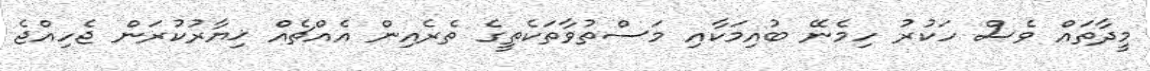
މީދާތައް ވެސް ހަކުރު ހިމެނޭ ބުއިމަކާއި މަސްތުވާތަކެތީގެ ތެރެއިން އެއްޗެއް ޚިޔާރުކުރަން ޖެހިއްޖެ